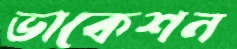
ভাকেশন